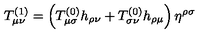
T _ { \mu \nu } ^ { ( 1 ) } = \left( T _ { \mu \sigma } ^ { ( 0 ) } h _ { \rho \nu } + T _ { \sigma \nu } ^ { ( 0 ) } h _ { \rho \mu } \right) \eta ^ { \rho \sigma }